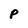
Character: P